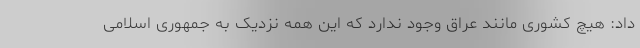
داد: هیچ کشوری مانند عراق وجود ندارد که این همه نزدیک به جمهوری اسلامی